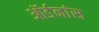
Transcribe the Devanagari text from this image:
ऑर्डनांस